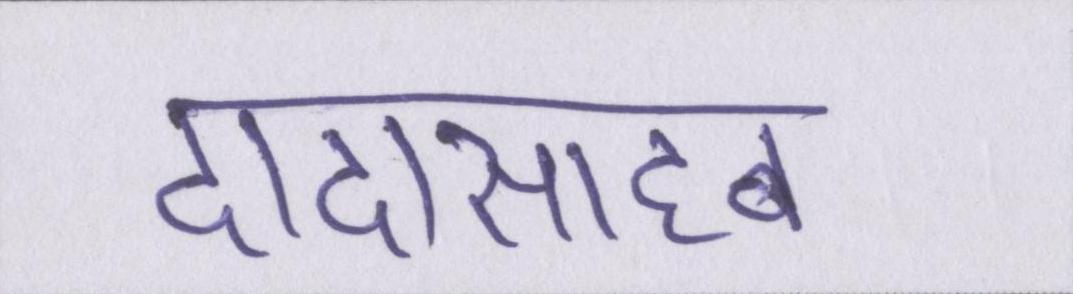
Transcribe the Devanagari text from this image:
दादासाहब